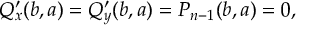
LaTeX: Q _ { x } ^ { \prime } ( b , a ) = Q _ { y } ^ { \prime } ( b , a ) = P _ { n - 1 } ( b , a ) = 0 ,